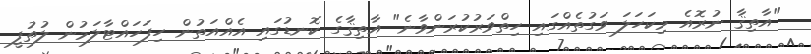
"އާތިޤާ ނުރޮއެ މިކަހަލަ ވަގުތެއްގައި ހިތްވަރުކުރަންވާނެ" އާތިޤާގެ ކޮނޑުގައި އެއްއަތުން ހިފަހައްޓާލަމުން ލުތުފީ